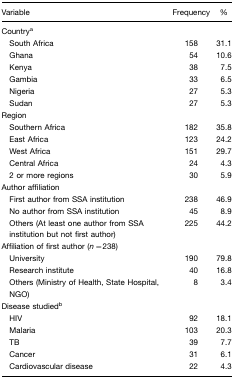
<table><thead><tr><td><b>Variable</b></td><td><b>Frequency</b></td><td><b>%</b></td></tr></thead><tbody><tr><td>Countrya</td><td></td><td></td></tr><tr><td> South Africa</td><td>158</td><td>31.1</td></tr><tr><td> Ghana</td><td>54</td><td>10.6</td></tr><tr><td> Kenya</td><td>38</td><td>7.5</td></tr><tr><td> Gambia</td><td>33</td><td>6.5</td></tr><tr><td> Nigeria</td><td>27</td><td>5.3</td></tr><tr><td> Sudan</td><td>27</td><td>5.3</td></tr><tr><td>Region</td><td></td><td></td></tr><tr><td> Southern Africa</td><td>182</td><td>35.8</td></tr><tr><td> East Africa</td><td>123</td><td>24.2</td></tr><tr><td> West Africa</td><td>151</td><td>29.7</td></tr><tr><td> Central Africa</td><td>24</td><td>4.3</td></tr><tr><td> 2 or more regions</td><td>30</td><td>5.9</td></tr><tr><td>Author affiliation</td><td></td><td></td></tr><tr><td> First author from SSA institution</td><td>238</td><td>46.9</td></tr><tr><td> No author from SSA institution</td><td>45</td><td>8.9</td></tr><tr><td> Others (At least one author from SSA institution but not first author)</td><td>225</td><td>44.2</td></tr><tr><td>Affiliation of first author (<i>n</i>=238)</td><td></td><td></td></tr><tr><td> University</td><td>190</td><td>79.8</td></tr><tr><td> Research institute</td><td>40</td><td>16.8</td></tr><tr><td> Others (Ministry of Health, State Hospital, NGO)</td><td>8</td><td>3.4</td></tr><tr><td>Disease studiedb</td><td></td><td></td></tr><tr><td> HIV</td><td>92</td><td>18.1</td></tr><tr><td> Malaria</td><td>103</td><td>20.3</td></tr><tr><td> TB</td><td>39</td><td>7.7</td></tr><tr><td> Cancer</td><td>31</td><td>6.1</td></tr><tr><td> Cardiovascular disease</td><td>22</td><td>4.3</td></tr></tbody></table>